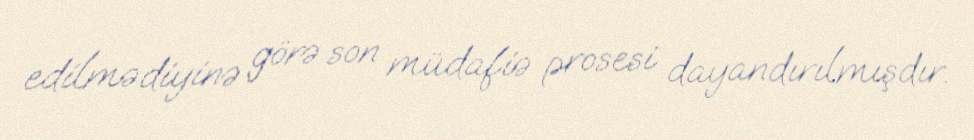
edilmədiyinə görə son müdafiə prosesi dayandırılmışdır.